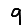
Digit: 9